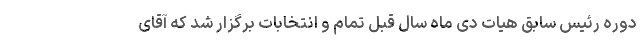
دوره رئیس سابق هیات دی ماه سال قبل تمام و انتخابات برگزار شد که آقای